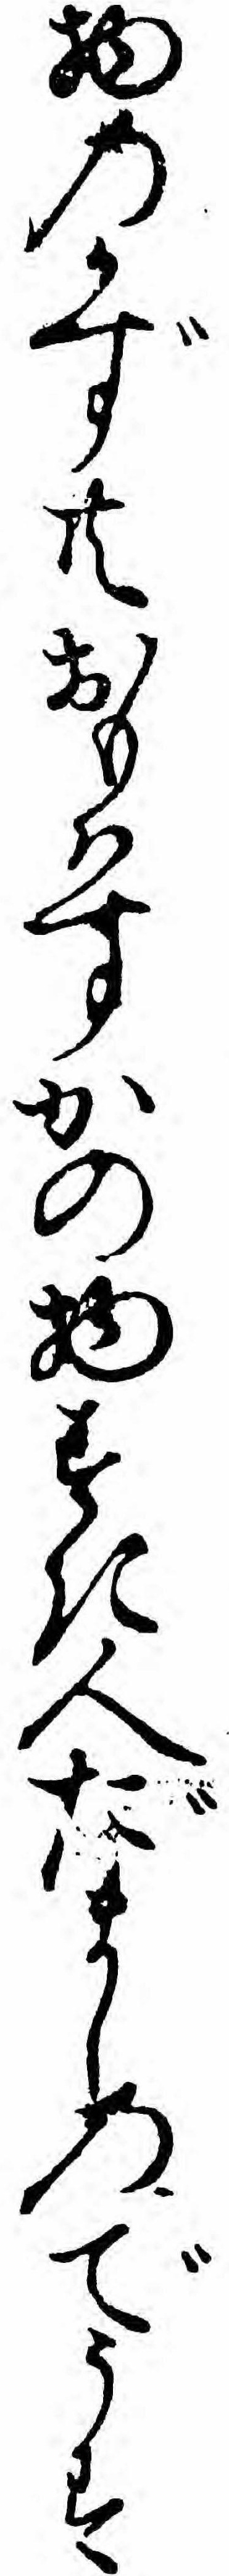
物のかず共おもハすかの物すき人だましのでうす